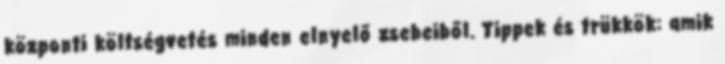
központi költségvetés minden elnyelő zsebeiből. Tippek és trükkök: amik